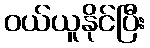
ဝယ်ယူနိုင်ပြီး